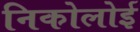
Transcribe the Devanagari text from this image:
निकोलोई